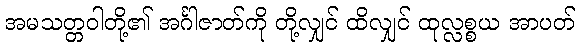
အမသတ္တဝါတို့၏ အင်္ဂါဇာတ်ကို တို့လျှင် ထိလျှင် ထုလ္လစ္စယ အာပတ်